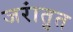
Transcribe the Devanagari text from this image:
जरांतुत